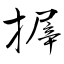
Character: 搱